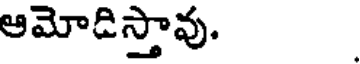
ఆమోడిస్తావు.